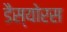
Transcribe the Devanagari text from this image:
डैस्योरस